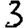
Digit: 3